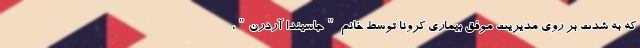
که به شدت بر روی مدیریت موفق بیماری کرونا توسط خانم "جاسیندا آردرن"،